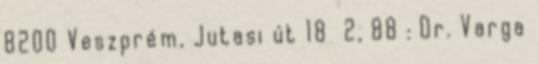
8200 Veszprém, Jutasi út 18 2, 88 : Dr. Varga